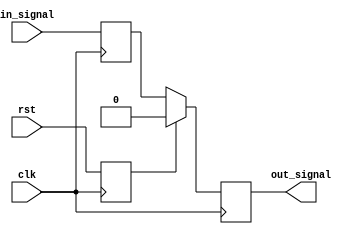
module Synchronizer(
    input wire clk,
    input wire rst,
    input wire in_signal,
    output reg out_signal
);

reg synchronized_signal;
reg synchronized_rst;

always @(posedge clk) begin
    synchronized_signal <= in_signal;
    synchronized_rst <= rst;
end

always @(posedge clk) begin
    if (synchronized_rst) begin
        out_signal <= 1'b0;
    end else begin
        out_signal <= synchronized_signal;
    end
end

endmodule